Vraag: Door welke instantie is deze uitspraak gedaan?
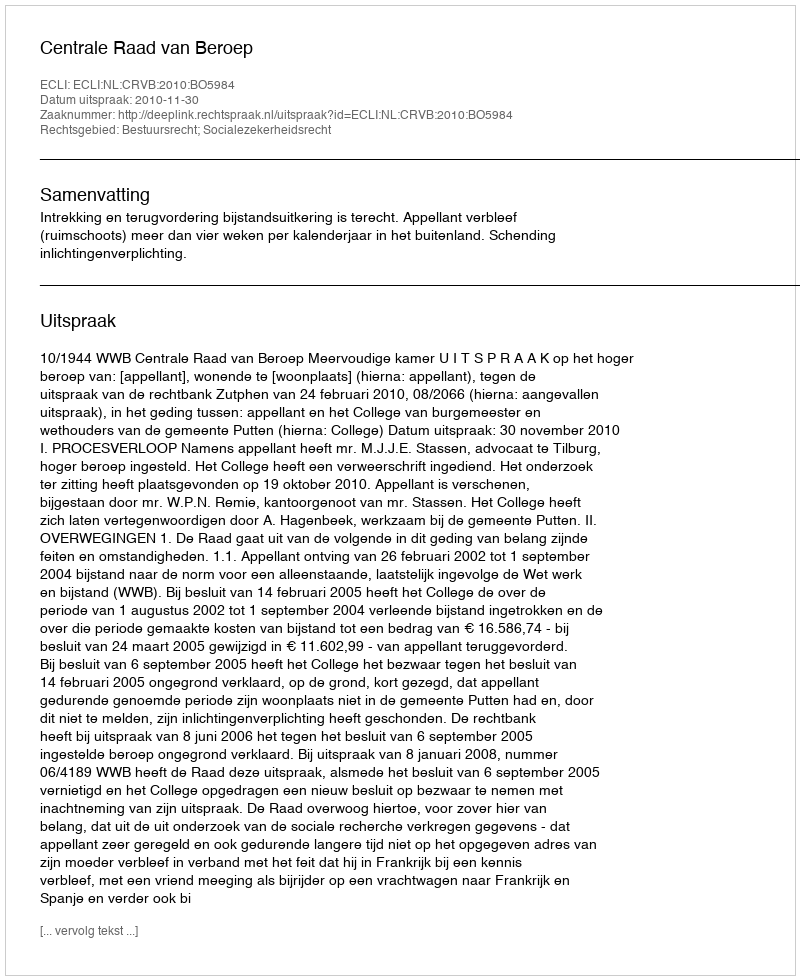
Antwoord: Centrale Raad van Beroep